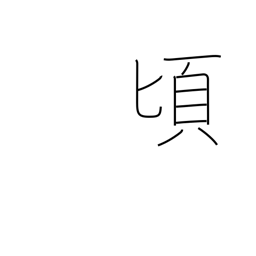
Meaning: toward